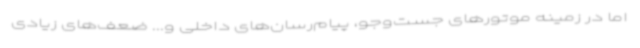
اما در زمینه موتورهای جست‌وجو، پیام‌رسان‌های داخلی و... ضعف‌های زیادی